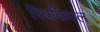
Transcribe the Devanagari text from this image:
रियकिएल